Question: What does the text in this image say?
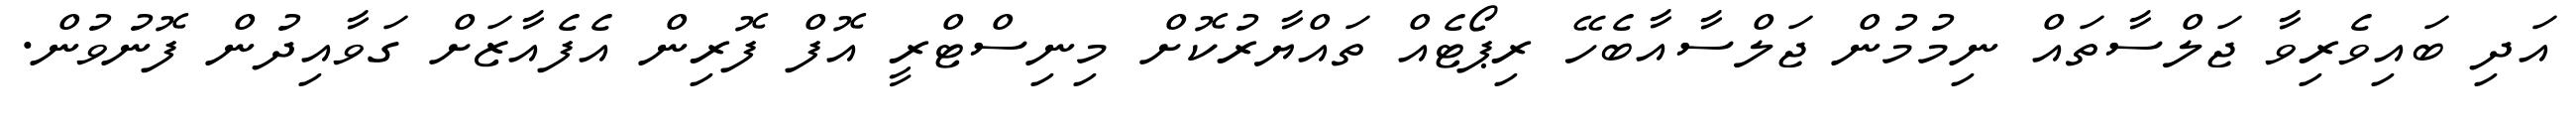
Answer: އަދި ބައިވެރިވާ ޖަލްސާތައް ނިމުމުން ޖަލްސާއާބެހޭ ރިޕޯޓެއް ތައްޔާރުކޮށް މިނިސްޓްރީ އޮފް ފޮރިން އެފެއާޒަށް ގަވާއިދުން ފޮނުވުން.